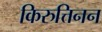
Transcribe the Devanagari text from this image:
किरुत्तिनन